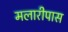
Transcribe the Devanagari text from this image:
मलारीपास